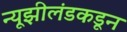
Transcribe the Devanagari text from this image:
न्यूझीलंडकडून